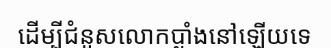
ដើម្បីជំនួសលោកប្លាំងនៅឡើយទេ